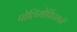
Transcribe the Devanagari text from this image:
पोलिमोर्फ़िज्ममें